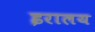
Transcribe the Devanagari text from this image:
इरालय